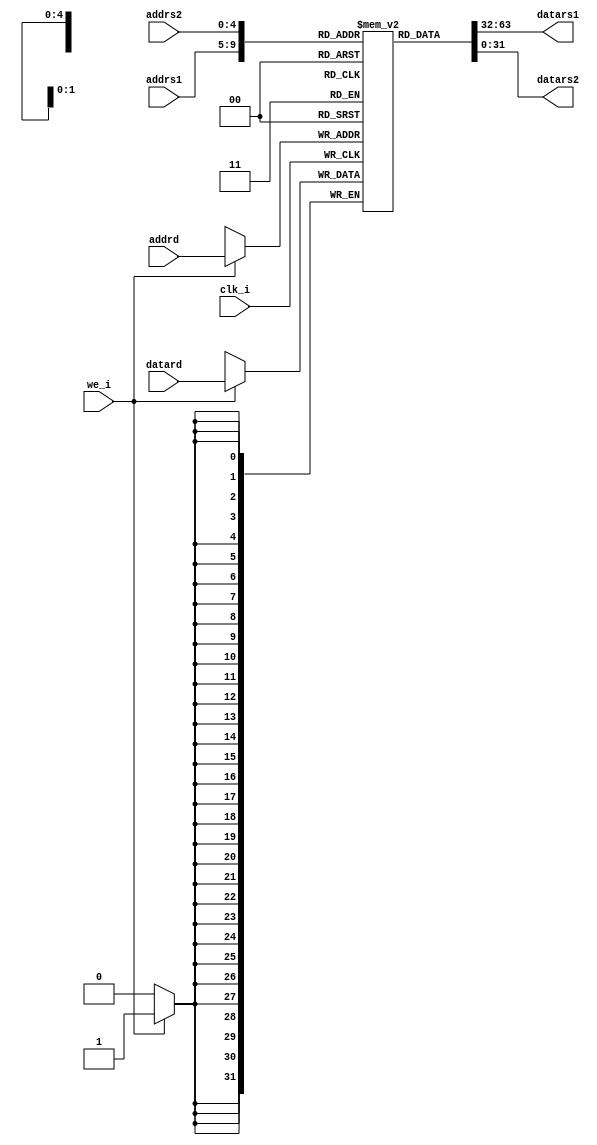
//`include "include/lagartoII_const.vh"
module Rfile (
//#(parameter ADDRW = 5)
	input clk_i, 
	input we_i,
	//input `RS1 addrs1, 
		input [4:0] addrs1, 
	//input `RS1 addrs2,
		input [4:0] addrs2,
	//input `RS1 addrd,
		input [4:0] addrd,	
	//input `WORD datard, 
		input [31:0] datard, 
	//output reg `WORD datars1, 
		output reg [31:0] datars1 = 32'b0, 
	//output reg `WORD datars2
		output reg [31:0] datars2 = 32'b0
); 
	//reg `WORD RegFile [2**`RS1_WIDTH -1:0];  //Registers file
		reg [31:0] RegFile [2**5-1:0];  //Registers file
	integer i; 
	initial begin 
		for(i=0; i<32; i=i+1) begin 
			//RegFile[i] = `WORD_ZERO;
				RegFile[i] = 32'h0;
		end
	end 
	//Puerto de escritura
	always @(posedge clk_i) 
	begin 
		if(we_i)
			RegFile[addrd] <= datard; 
	end 
	
	always @(*) 
	begin
		datars1 <= RegFile[addrs1];
		datars2 <= RegFile[addrs2];	
	end 
	
endmodule 

/*
module Rfile_tb #(parameter ADDRW = 5, parameter DATAW=32)(); 
	reg [ADDRW-1:0] rs1_tb; 
	reg [ADDRW-1:0] rd_tb;  
	reg [DATAW-1:0] datard_tb;  
	wire [DATAW-1:0] datars1_tb; 
	
	initial begin 
		rs1_tb = {ADDRW{1'b0}}; //ADDRW{1'b0} = ADDRW'b0; 
		rd_tb = {ADDRW{1'b0}};
		datard_tb = {DATAW{1'b0}}; 
	end 
	
	Rfile Rf_tb(rs1_tb, rd_tb, datard_tb, datars1_tb); 
	
	always begin 
		//-------3 ESCRITURAS-----------
		#100 
			rd_tb =   	5'b00101;  //t0
			datard_tb =	32'hAAAAAAAA; 
		#100
			rd_tb =   	5'b00110; //t1
			datard_tb =	32'hBBBBBBBB; 
		#100
			rd_tb =   	5'b00111; //t2
			datard_tb =	32'hCCCCCCCC;
		
		//---------LECTURAS-------------
		#100
			rs1_tb = 5'b00101; 
		#100
			rs1_tb = 5'b00110; 
		#100
			rs1_tb = 5'b00111; 	
	end 
endmodule 
*/